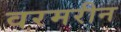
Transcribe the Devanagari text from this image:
वरमरीन